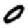
Digit: 0